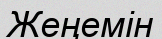
Жеңемін